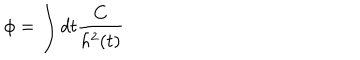
\phi { } = \int { } d t \frac { C } { h ^ { 2 } ( t ) }